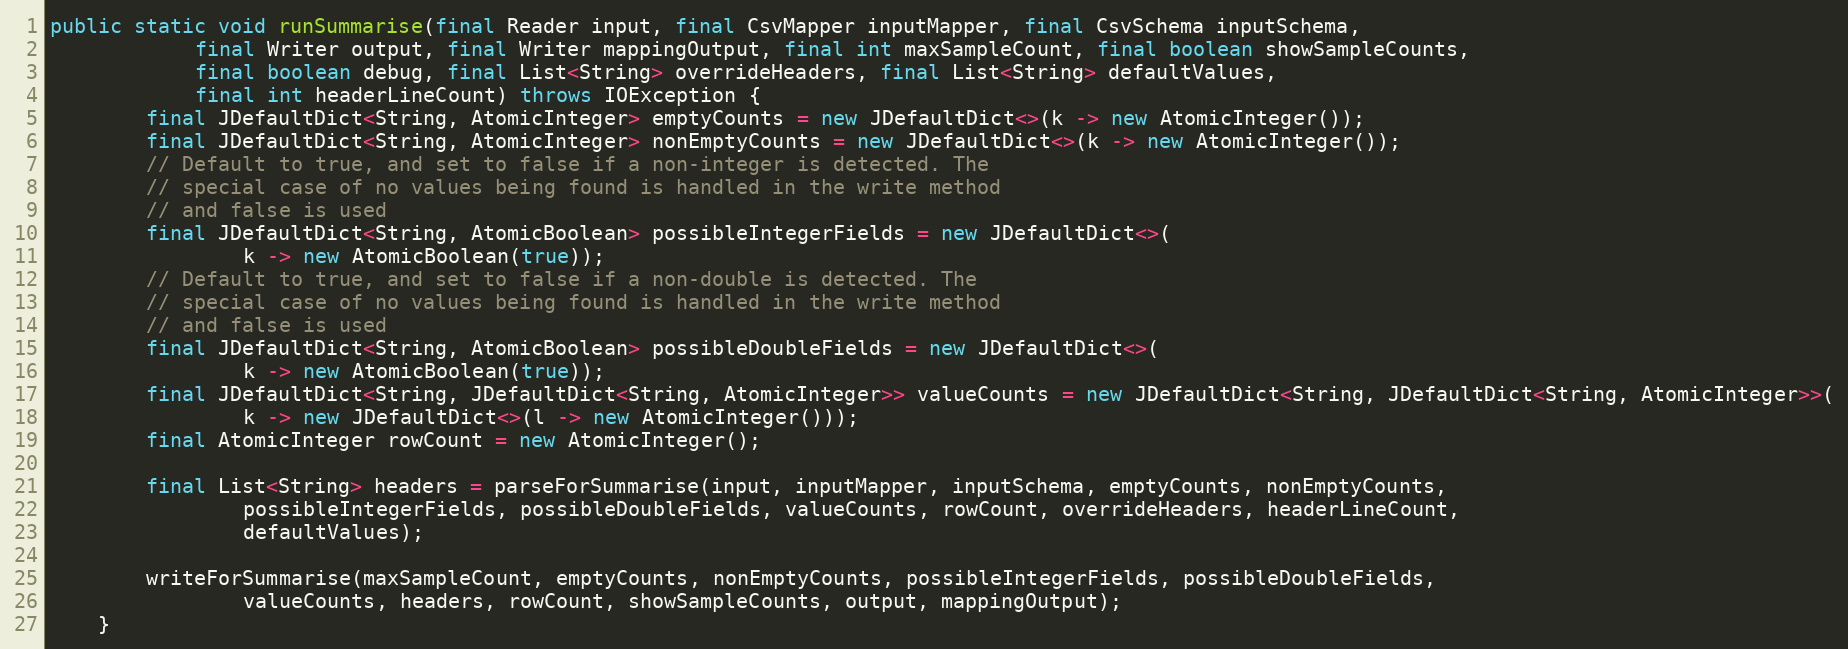
Language: Java
public static void runSummarise(final Reader input, final CsvMapper inputMapper, final CsvSchema inputSchema,
			final Writer output, final Writer mappingOutput, final int maxSampleCount, final boolean showSampleCounts,
			final boolean debug, final List<String> overrideHeaders, final List<String> defaultValues,
			final int headerLineCount) throws IOException {
		final JDefaultDict<String, AtomicInteger> emptyCounts = new JDefaultDict<>(k -> new AtomicInteger());
		final JDefaultDict<String, AtomicInteger> nonEmptyCounts = new JDefaultDict<>(k -> new AtomicInteger());
		// Default to true, and set to false if a non-integer is detected. The
		// special case of no values being found is handled in the write method
		// and false is used
		final JDefaultDict<String, AtomicBoolean> possibleIntegerFields = new JDefaultDict<>(
				k -> new AtomicBoolean(true));
		// Default to true, and set to false if a non-double is detected. The
		// special case of no values being found is handled in the write method
		// and false is used
		final JDefaultDict<String, AtomicBoolean> possibleDoubleFields = new JDefaultDict<>(
				k -> new AtomicBoolean(true));
		final JDefaultDict<String, JDefaultDict<String, AtomicInteger>> valueCounts = new JDefaultDict<String, JDefaultDict<String, AtomicInteger>>(
				k -> new JDefaultDict<>(l -> new AtomicInteger()));
		final AtomicInteger rowCount = new AtomicInteger();

		final List<String> headers = parseForSummarise(input, inputMapper, inputSchema, emptyCounts, nonEmptyCounts,
				possibleIntegerFields, possibleDoubleFields, valueCounts, rowCount, overrideHeaders, headerLineCount,
				defaultValues);

		writeForSummarise(maxSampleCount, emptyCounts, nonEmptyCounts, possibleIntegerFields, possibleDoubleFields,
				valueCounts, headers, rowCount, showSampleCounts, output, mappingOutput);
	}